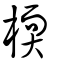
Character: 㮕